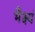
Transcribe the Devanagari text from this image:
भैक्ष्यं